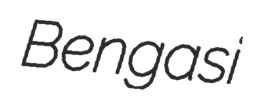
Bengasi